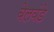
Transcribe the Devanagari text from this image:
बेलवंडे